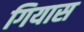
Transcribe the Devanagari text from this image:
गियास